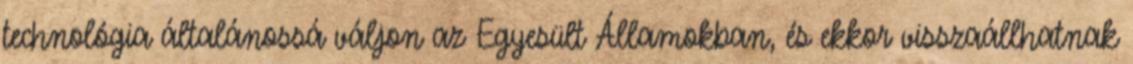
technológia általánossá váljon az Egyesült Államokban, és ekkor visszaállhatnak